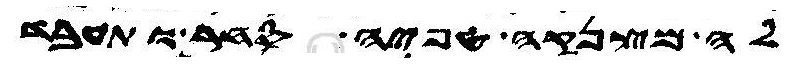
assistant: לה מצנקה טפיה סחר ותעבד